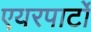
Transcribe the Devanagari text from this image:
एयरपार्टो